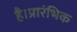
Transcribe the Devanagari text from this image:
है।प्रारंभिक